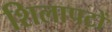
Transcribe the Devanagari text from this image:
शिलापटों